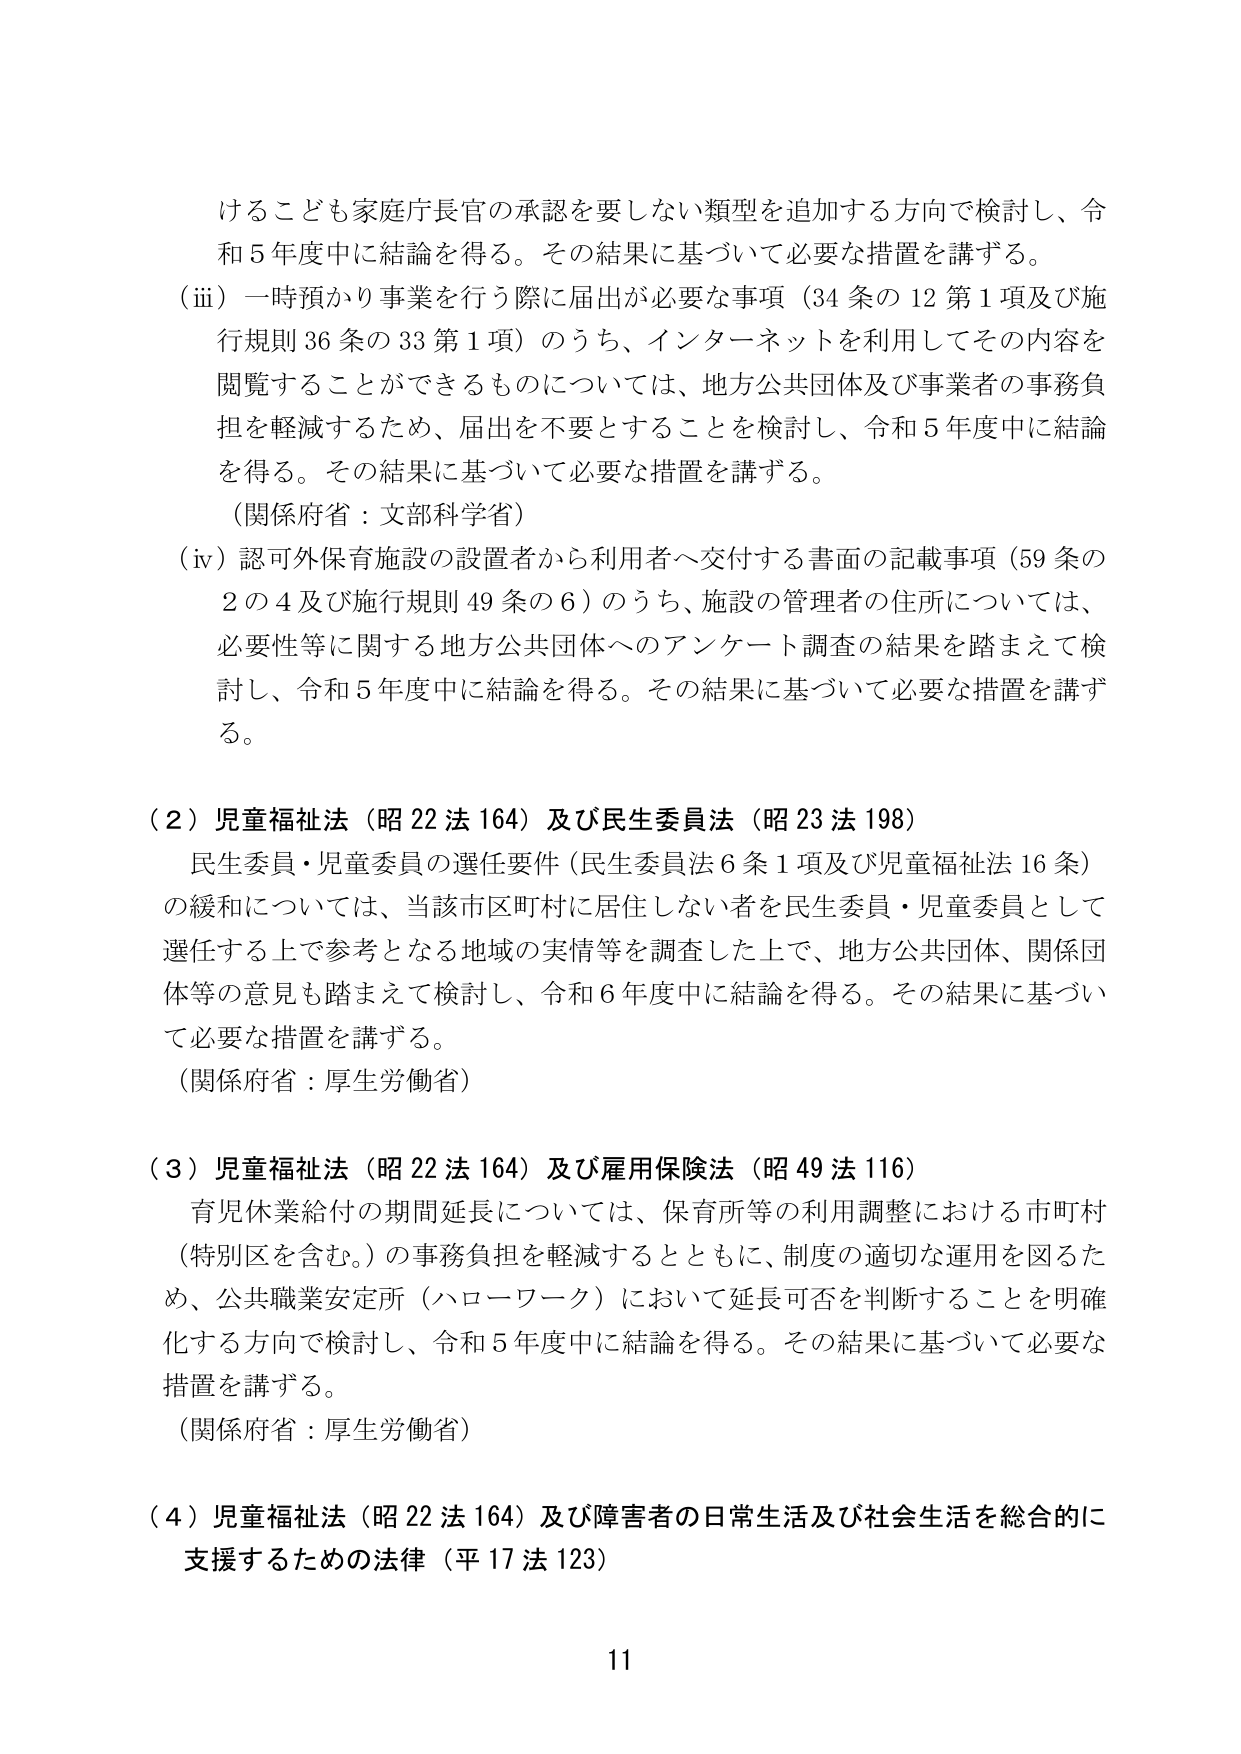
けることも家庭庁長官の承認を要しない類型を追加する方向で検討し、令和５年度中に結論を得る。その結果に基づいて必要な措置を講ずる。

（ⅲ）一時預かり事業を行う際に届出が必要な事項（34条の12第1項及び施行規則36条の33第1項）のうち、インターネットを利用してその内容を閲覧することができるものについては、地方公共団体及び事業者の事務負担を軽減するため、届出を不要とすることを検討し、令和５年度中に結論を得る。その結果に基づいて必要な措置を講ずる。

（関係府省：文部科学省）

（ⅳ）認可外保育施設の設置者から利用者へ交付する書面の記載事項（59条の2の4及び施行規則49条の6）のうち、施設の管理者の住所については、必要性等に関する地方公共団体へのアンケート調査の結果を踏まえて検討し、令和５年度中に結論を得る。その結果に基づいて必要な措置を講ずる。

（２）児童福祉法（昭22法164）及び民生委員法（昭23法198）

民生委員・児童委員の選任要件（民生委員法6条1項及び児童福祉法16条）の緩和については、当該市区町村に居住しない者を民生委員・児童委員として選任する上で参考となる地域の実情等を調査した上で、地方公共団体、関係団体等の意見も踏まえて検討し、令和６年度中に結論を得る。その結果に基づいて必要な措置を講ずる。

（関係府省：厚生労働省）

（３）児童福祉法（昭22法164）及び雇用保険法（昭49法116）

育児休業給付の期間延長については、保育所等の利用調整における市町村（特別区を含む。）の事務負担を軽減するとともに、制度の適切な運用を図るため、公共職業安定所（ハローワーク）において延長可否を判断することを明確化する方向で検討し、令和５年度中に結論を得る。その結果に基づいて必要な措置を講ずる。

（関係府省：厚生労働省）

（４）児童福祉法（昭22法164）及び障害者の日常生活及び社会生活を総合的に支援するための法律（平17法123）

11